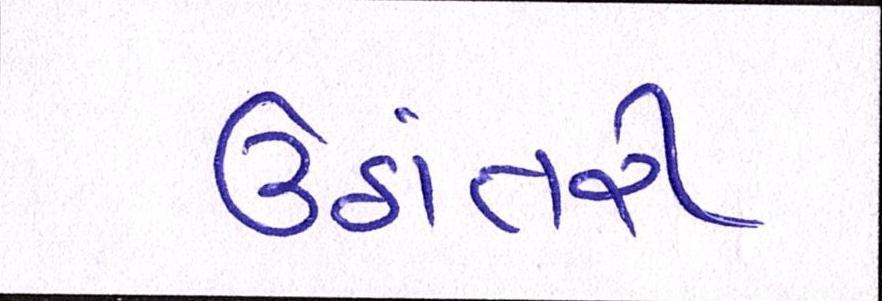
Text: ઉઠાંતરી